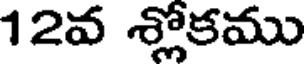
12వ శ్లోకము